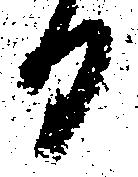
日